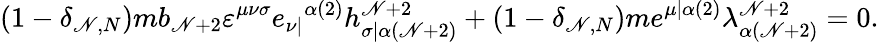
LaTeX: (1-\delta_{\mathscr{N},N})mb_{\mathscr{N}+2}\varepsilon^{\mu\nu\sigma}e_{\nu|}{}^{\alpha(2)}h_{\sigma|\alpha(\mathscr{N}+2)}^{\mathscr{N}+2}+(1-\delta_{\mathscr{N},N})me^{\mu|\alpha(2)}\lambda_{\alpha(\mathscr{N}+2)}^{\mathscr{N}+2}=0.